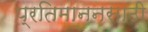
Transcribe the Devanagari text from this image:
प्रतिमाननसाठी